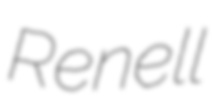
Renell